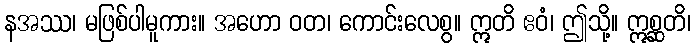
နအဿ၊ မဖြစ်ပါမူကား။ အဟော ဝတ၊ ကောင်းလေစွ။ ဣတိ ဧဝံ၊ ဤသို့။ ဣစ္ဆတိ၊